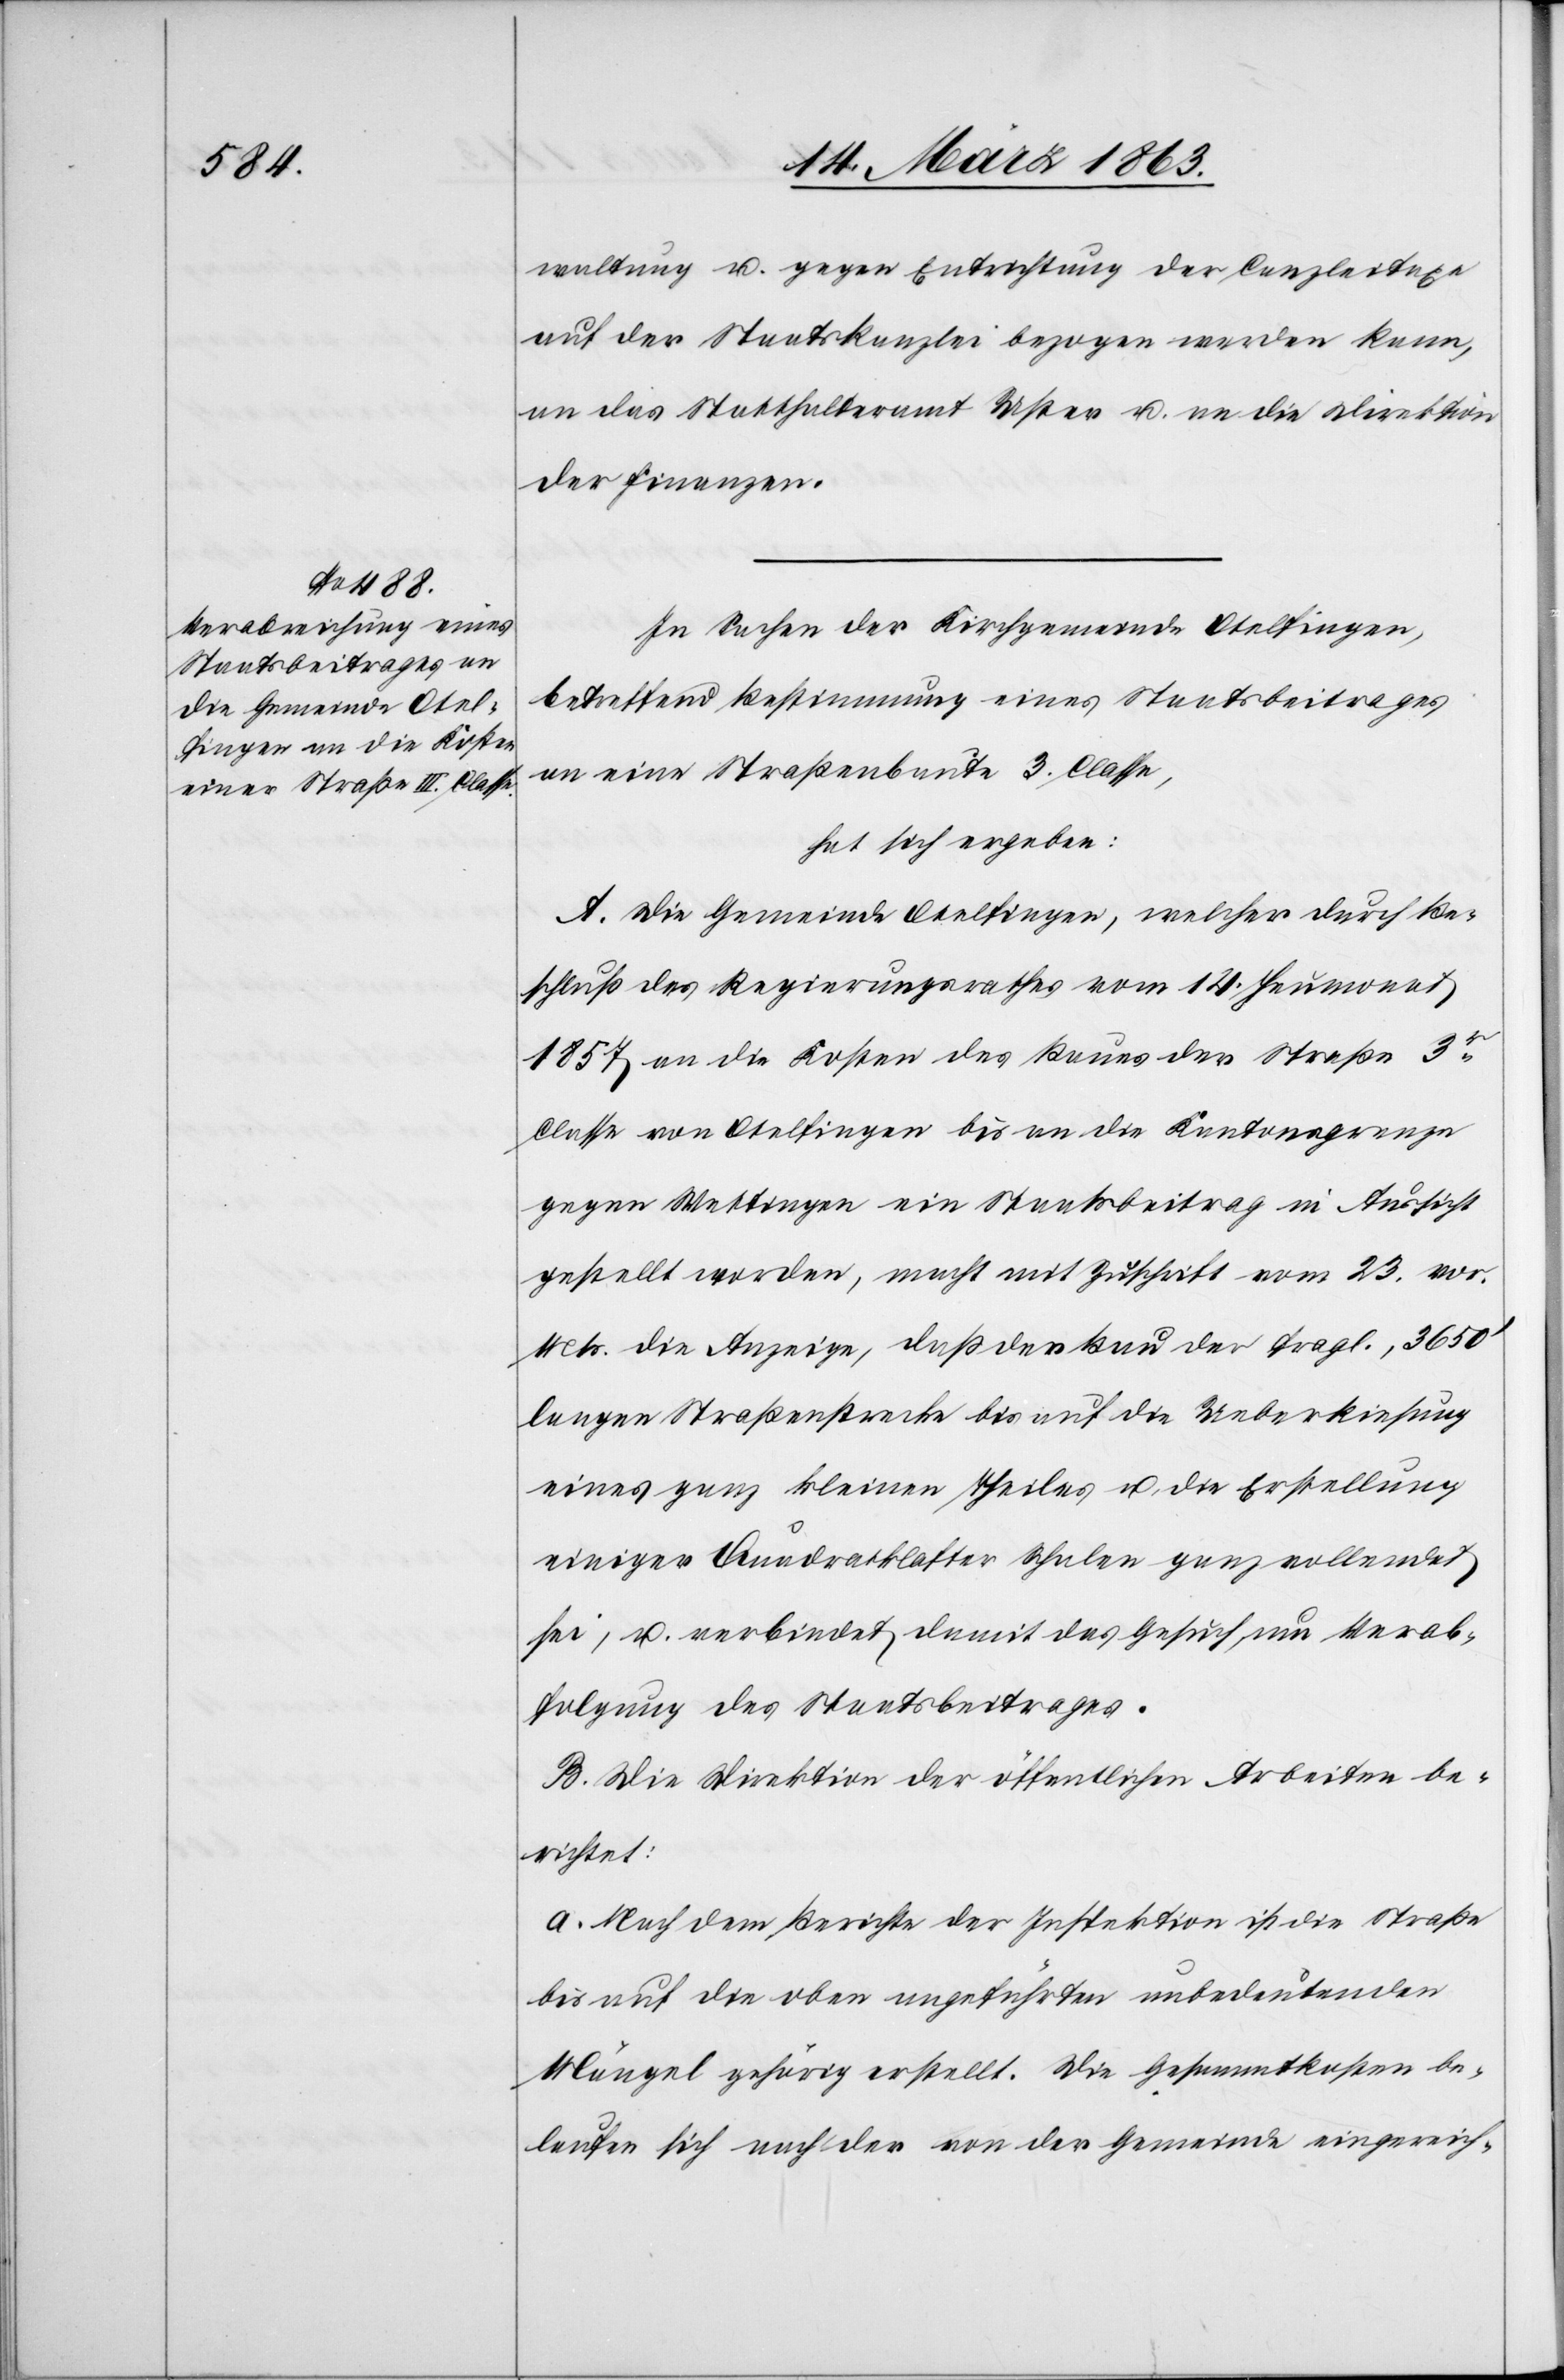
waltung u. gegen Entrichtung der Canzleitaxe
auf der Staatskanzlei bezogen werden kann,
an das Statthalteramt Uster u. an die Direktion
der Finanzen.
In Sachen der Kirchgemeinde Otelfingen,
betreffend Bestimmung eines Staatsbeitrages
an eine Straßenbaute 3. Classe,
hat sich ergeben:
A. Die Gemeinde Otelfingen, welcher durch Be¬
schluß des Regierungsrathes vom 14. Heumonat
1857 an die Kosten des Baues der Straße 3r
Classe von Otelfingen bis an die Kantonsgrenze
gegen Wettingen ein Staatsbeitrag in Aussicht
gestellt worden, macht mit Zuschrift vom 23. vor.
Mts. die Anzeige, daß der Bau der fragl., 3650'
langen Straßenstrecke bis auf die Ueberkiesung
eines ganz kleinen Theiles u. die Erstellung
einiger Quadratklafter Schalen ganz vollendet
sei, u. verbindet damit das Gesuch, um Verab¬
folgung des Staatsbeitrages.
B. Die Direktion der öffentlichen Arbeiten be¬
richtet:
a. Nach dem Berichte der Inspektion ist die Straße
bis auf die oben angeführten unbedeutenden
Mängel gehörig erstellt. Die Gesammtkosten be¬
laufen sich nach der von der Gemeinde eingereich-